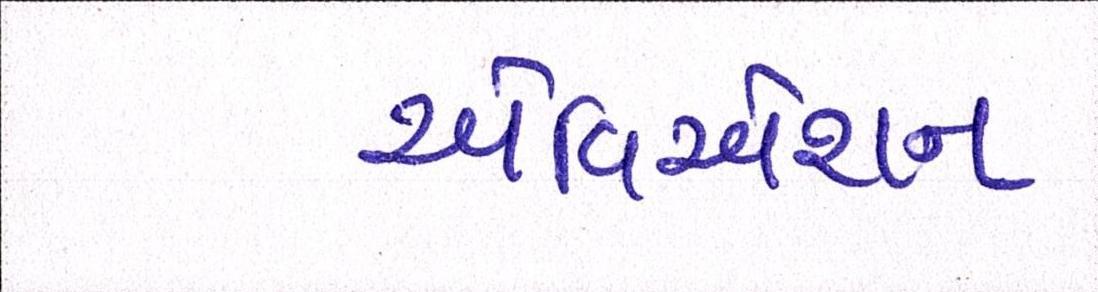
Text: એવિએશન